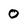
Character: 0